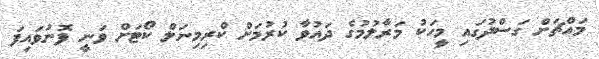
މައްޗަށް ގަސްދުގައި މީހަކު މަރާލުމުގެ ދައުވާ ކުރުމަށް ކްރިމިނަލް ކޯޓަށް ވަނީ ފޮނުވައިފަ